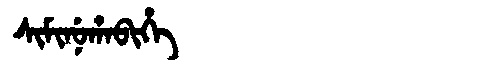
Manchu: ᠰᡳᠮᡳᠨᡠᡥᠠᠪᡳᡥᡝ
Romanization: SIMINUHABIHE